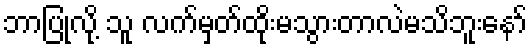
ဘာပြုလို့ သူ လက်မှတ်ထိုးမသွားတာလဲမသိဘူးနော်